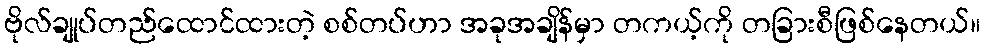
ဗိုလ်ချုပ်တည်ထောင်ထားတဲ့ စစ်တပ်ဟာ အခုအချိန်မှာ တကယ့်ကို တခြားစီဖြစ်နေတယ်။